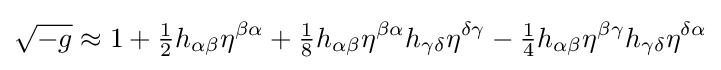
{\sqrt {-g}}\approx 1+{\tfrac {1}{2}}h_{\alpha \beta }\eta ^{\beta \alpha }+{\tfrac {1}{8}}h_{\alpha \beta }\eta ^{\beta \alpha }h_{\gamma \delta }\eta ^{\delta \gamma }-{\tfrac {1}{4}}h_{\alpha \beta }\eta ^{\beta \gamma }h_{\gamma \delta }\eta ^{\delta \alpha }